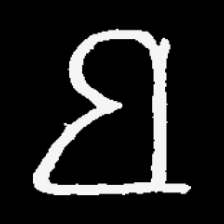
Pyu character \u2014 Myanmar letter: ဗ (romanized: ba)